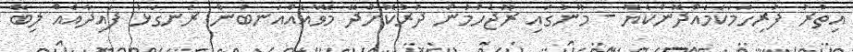
އިތުރު ފުރިހަމަކަމެއްދޮންކެޔޮ - މޫނުގައި ރޫޖެހުމުން ދުރުކޮށްދޭ މޭވާއެއްއަނބުން ރަނގަޅު ފައިދާއެއް ލިބޭ